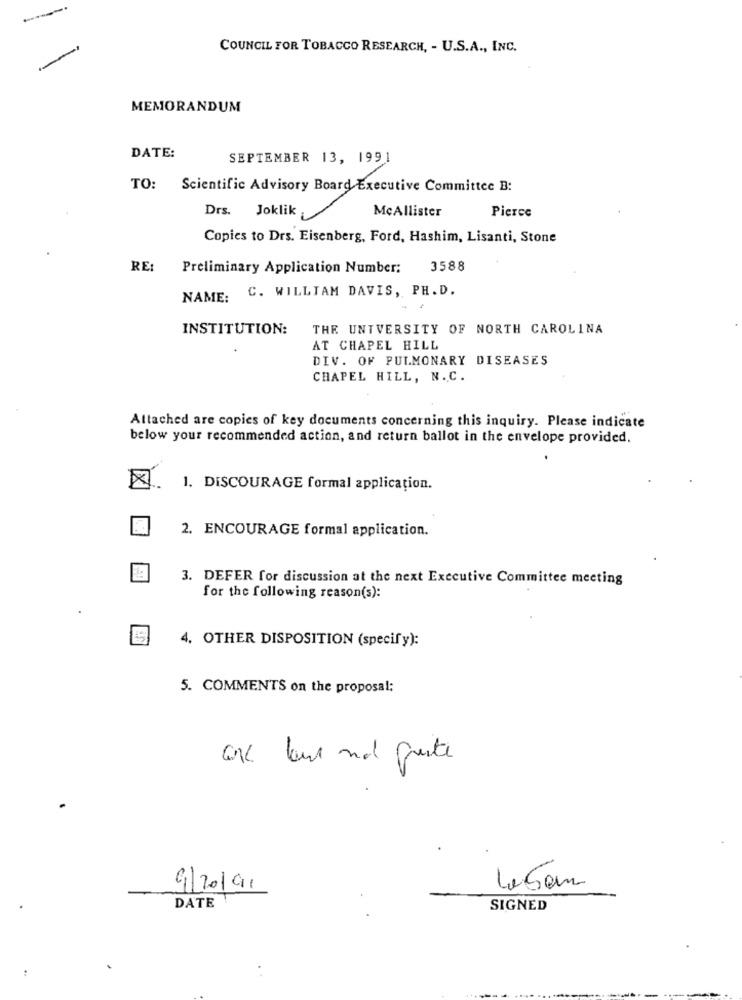
COUNCIL FOR TOBACCO RESEARCH, - U.S.A ., INC.
MEMORANDUM
DATE:
SEPTEMBER 13, 1991
TO: Scientific Advisory Board Executive Committee B:
Drs. Joklik
McAllister
Pierce
Copies to Drs. Eisenberg, Ford, Hashim, Lisanti, Stone
RE:
Preliminary Application Number:
3588
NAME: C. WILLIAM DAVIS, PH.D.
INSTITUTION:
THE UNIVERSITY OF NORTH CAROLINA
AT CHAPEL HILL
DIV. OF PULMONARY DISEASES
CHAPEL HILL, N.C.
Attached are copies of key documents concerning this inquiry. Please indicate
below your recommended action, and return ballot in the envelope provided.
. 1. DISCOURAGE formal application.
2. ENCOURAGE formal application.
3. DEFER for discussion at the next Executive Committee meeting
for the following reason(s):
4. OTHER DISPOSITION (specify):
5. COMMENTS on the proposal:
Que leur not preste
9/20/91
DATE
SIGNED